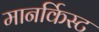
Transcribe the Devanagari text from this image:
मानर्किस्ट